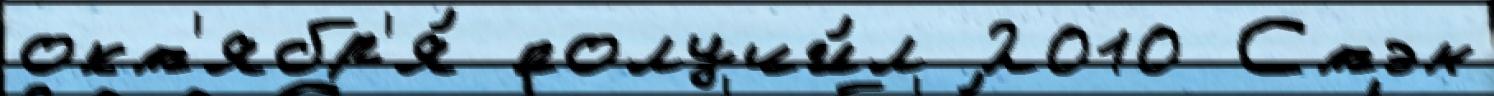
окт'ябр'я́ получи́л 2010 Стэн